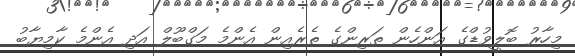
މިހާރު ބޮލީވުޑްގެ އަންހެން ތަރިންގެ ތެރެއިން އެންމެ މަގްބޫލް އަދި އެންމެ ކާމިޔާބު